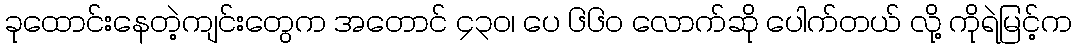
ခုထောင်းနေတဲ့ကျင်းတွေက အတောင် ၄၃၀၊ ပေ ၆၆၀ လောက်ဆို ပေါက်တယ် လို့ ကိုရဲမြင့်က